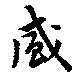
盛